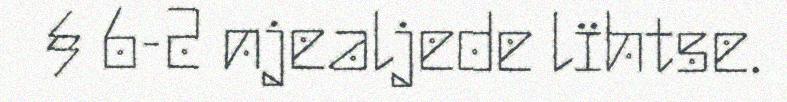
§ 6-2 njealjede lïhtse.